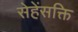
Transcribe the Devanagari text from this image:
सेहेंसक्ति